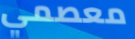
معصمي